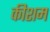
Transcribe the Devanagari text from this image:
कीशम